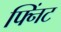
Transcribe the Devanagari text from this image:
फ्निंट